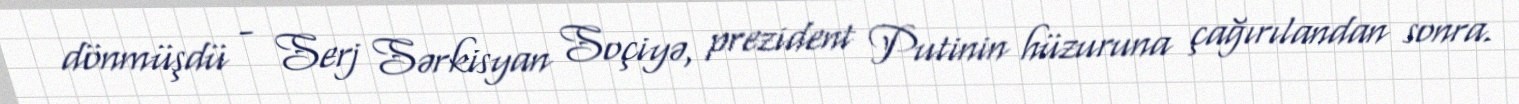
dönmüşdü - Serj Sərkisyan Soçiyə, prezident Putinin hüzuruna çağırılandan sonra.